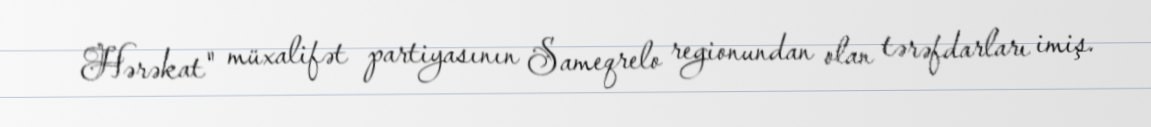
Hərəkat" müxalifət partiyasının Sameqrelo regionundan olan tərəfdarları imiş.